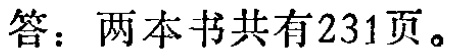
答：两本书共有231页。